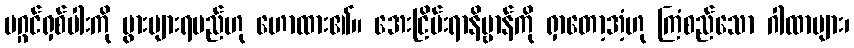
မဂ္ဂင်ရှစ်ပါးကို ပွားများရမည်ဟု ဟောထား၏။ အေးငြိမ်းရာနိဗ္ဗာန်ကို ရှာတော့အံ့ဟု ကြံစည်သော ဂါထာများ၊